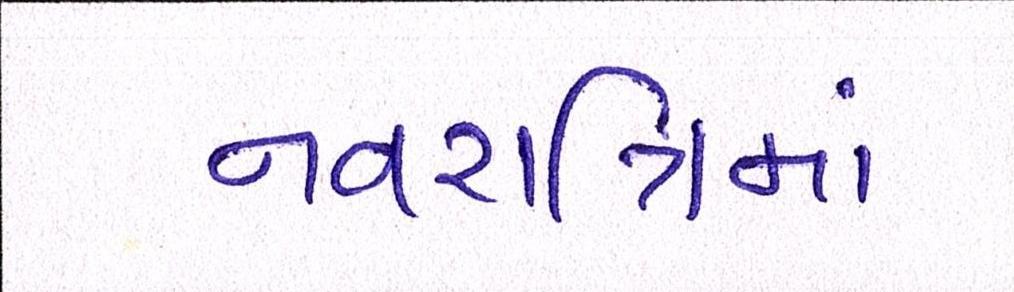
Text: નવરાત્રિમાં